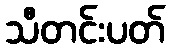
သီတင်းပတ်